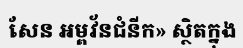
សែន អម្ពវ័នជំនីក» ស្ថិតក្នុង